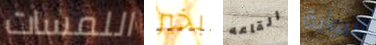
اللمسات بخير القاعه البوابة